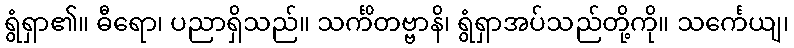
ရွံရှာ၏။ ဓီရော၊ ပညာရှိသည်။ သင်္ကိတဗ္ဗာနိ၊ ရွံရှာအပ်သည်တို့ကို။ သင်္ကေယျ၊